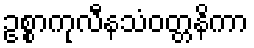
ဥစ္စာကုလီနသံဝတ္တနိကာ